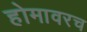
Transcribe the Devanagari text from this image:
होमावरच